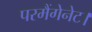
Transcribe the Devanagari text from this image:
परमैंगेनेट।